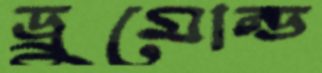
ড্রুমোন্ড